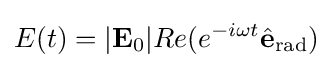
E(t)=|{\textbf {E}}_{0}|Re(e^{-i{\omega }t}{\hat {\textbf {e}}}_{\mathrm {rad} })